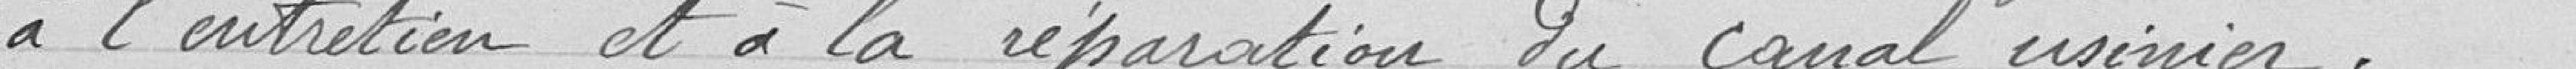
à l'entretien et à la réparation du canal usinier.